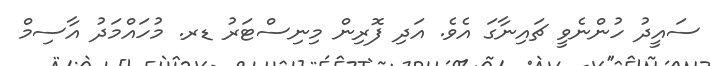
ސައީދު ހުންނެވީ ޗައިނާގަ އެވެ. އަދި ފޮރިން މިނިސްޓަރު ޑރ. މުހައްމަދު އާސިމް